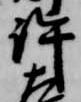
許